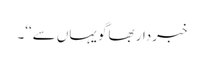
خبردار بھاگو یہاں سے‘‘۔